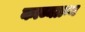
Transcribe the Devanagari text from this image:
काब्यग्रन्थ